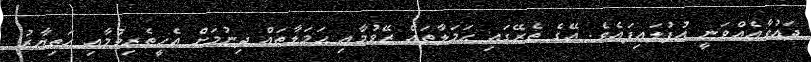
ދަޢުވާއެއްވަނީ އުފުލައިފައެވެ. އޭގެ ތެރޭގައި ޙަމަލާތައް ރޭވުމާއި ޙަމަލާތައް ދިނުމަށް އެހީތެރިވުމާއި ހަތިޔާރު